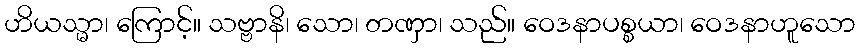
ဟိယသ္မာ၊ ကြောင့်။ သဗ္ဗာနိ၊ သော၊ တဏှာ၊ သည်။ ဝေဒနာပစ္စယာ၊ ဝေဒနာဟူသော